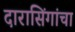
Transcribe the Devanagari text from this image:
दारासिंगांचा